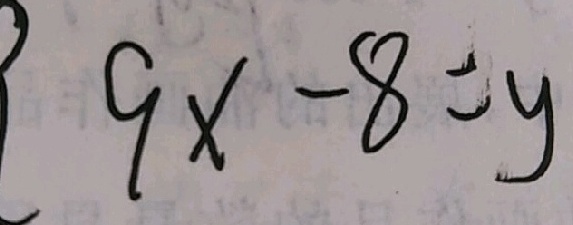
9 x - 8 = y